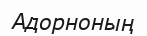
Адорноның